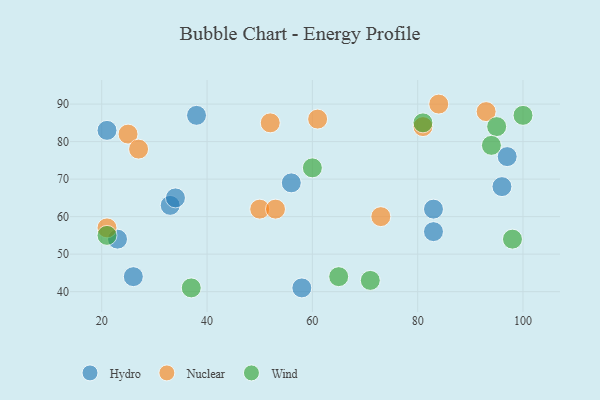
{"axis": {"x": "GDP", "y": "Life Expectancy"}, "legend": ["Hydro", "Nuclear", "Wind"], "data": [{"x": "33", "y": 63, "type": "Hydro"}, {"x": "23", "y": 54, "type": "Hydro"}, {"x": "21", "y": 83, "type": "Hydro"}, {"x": "83", "y": 62, "type": "Hydro"}, {"x": "58", "y": 41, "type": "Hydro"}, {"x": "26", "y": 44, "type": "Hydro"}, {"x": "97", "y": 76, "type": "Hydro"}, {"x": "34", "y": 65, "type": "Hydro"}, {"x": "83", "y": 56, "type": "Hydro"}, {"x": "96", "y": 68, "type": "Hydro"}, {"x": "38", "y": 87, "type": "Hydro"}, {"x": "56", "y": 69, "type": "Hydro"}, {"x": "21", "y": 57, "type": "Nuclear"}, {"x": "25", "y": 82, "type": "Nuclear"}, {"x": "61", "y": 86, "type": "Nuclear"}, {"x": "27", "y": 78, "type": "Nuclear"}, {"x": "73", "y": 60, "type": "Nuclear"}, {"x": "81", "y": 84, "type": "Nuclear"}, {"x": "50", "y": 62, "type": "Nuclear"}, {"x": "84", "y": 90, "type": "Nuclear"}, {"x": "53", "y": 62, "type": "Nuclear"}, {"x": "93", "y": 88, "type": "Nuclear"}, {"x": "52", "y": 85, "type": "Nuclear"}, {"x": "37", "y": 41, "type": "Wind"}, {"x": "95", "y": 84, "type": "Wind"}, {"x": "98", "y": 54, "type": "Wind"}, {"x": "71", "y": 43, "type": "Wind"}, {"x": "81", "y": 85, "type": "Wind"}, {"x": "100", "y": 87, "type": "Wind"}, {"x": "60", "y": 73, "type": "Wind"}, {"x": "21", "y": 55, "type": "Wind"}, {"x": "94", "y": 79, "type": "Wind"}, {"x": "65", "y": 44, "type": "Wind"}]}